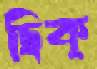
ছিক্